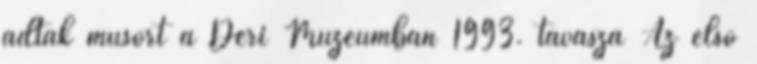
adtak műsort a Déri Múzeumban 1993. tavasza Az első